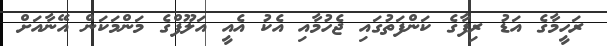
ރަހީމާގެ އަޑު ރިފާގެ ކަންފަތުގައި ޖެހުމާއި އެކު އެއީ އަލޫފްގެ މަންމަކަން އޭނާއަށް